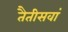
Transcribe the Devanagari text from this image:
तैतीसवां